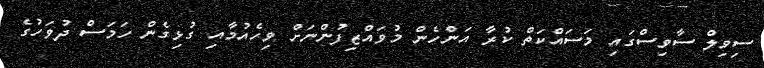
ސިވިލް ސާވިސްގައި މަސައްކަތް ކުރާ އަންހެން މުވައްޒިފުންނަށް ވިހެއުމާއި ގުޅިގެން ހަމަސް ދުވަހުގެ